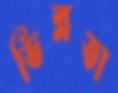
ভিন্নতা